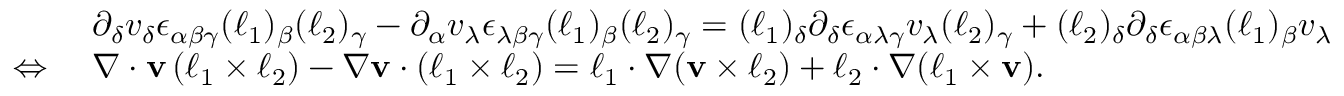
\begin{array} { r l } & { \partial _ { \delta } v _ { \delta } \epsilon _ { \alpha \beta \gamma } ( \boldsymbol { \ell } _ { 1 } ) _ { \beta } ( \boldsymbol { \ell } _ { 2 } ) _ { \gamma } - \partial _ { \alpha } v _ { \lambda } \epsilon _ { \lambda \beta \gamma } ( \boldsymbol { \ell } _ { 1 } ) _ { \beta } ( \boldsymbol { \ell } _ { 2 } ) _ { \gamma } = ( \boldsymbol { \ell } _ { 1 } ) _ { \delta } \partial _ { \delta } \epsilon _ { \alpha \lambda \gamma } v _ { \lambda } ( \boldsymbol { \ell } _ { 2 } ) _ { \gamma } + ( \boldsymbol { \ell } _ { 2 } ) _ { \delta } \partial _ { \delta } \epsilon _ { \alpha \beta \lambda } ( \boldsymbol { \ell } _ { 1 } ) _ { \beta } v _ { \lambda } } \\ { \Leftrightarrow \ } & { \nabla \cdot \mathbf { v } \, ( \boldsymbol { \ell } _ { 1 } \times \boldsymbol { \ell } _ { 2 } ) - \nabla \mathbf { v } \cdot ( \boldsymbol { \ell } _ { 1 } \times \boldsymbol { \ell } _ { 2 } ) = \boldsymbol { \ell } _ { 1 } \cdot \nabla ( \mathbf { v } \times \boldsymbol { \ell } _ { 2 } ) + \boldsymbol { \ell } _ { 2 } \cdot \nabla ( \boldsymbol { \ell } _ { 1 } \times \mathbf { v } ) . } \end{array}